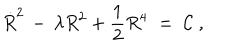
\dot { R } ^ { 2 } \, - \, \lambda R ^ { 2 } + \frac { 1 } { 2 } R ^ { 4 } \; = \; { \cal C } \; ,